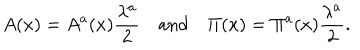
LaTeX: A ( x ) = A ^ { a } ( x ) \frac { \lambda ^ { a } } { 2 } \quad \mathrm { a n d } \quad \Pi ( x ) = \Pi ^ { a } ( x ) \frac { \lambda ^ { a } } { 2 } .